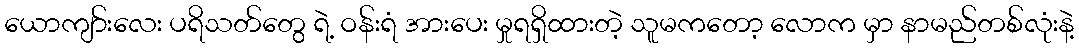
ယောကျာ်းလေး ပရိသတ်တွေ ရဲ့ ဝန်းရံ အားပေး မှုရရှိထားတဲ့ သူမကတော့ လောက မှာ နာမည်တစ်လုံးနဲ့